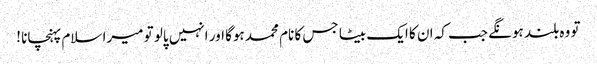
تو وہ بلند ہونگے جب کہ ان کا ایک بیٹا جس کا نام محمد ہوگا اور انہیں پالو تو میرا سلام پہنچانا !